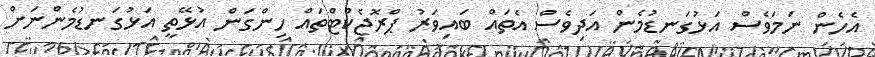
އެހެން ނަމަވެސް އަޅުގަނޑުމެން އަދިވެސް އެތައް ބައިވަރު ޕްރޮޖެކްޓްތައް ހިންގަން އުޅޭތީ އަޅުގަނޑުމެންނަށް